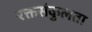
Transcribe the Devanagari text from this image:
रक्तसंकुलता